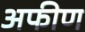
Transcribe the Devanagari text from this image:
अफीण